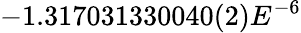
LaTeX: -1.317031330040(2)E^{-6}